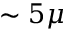
\sim 5 \mu